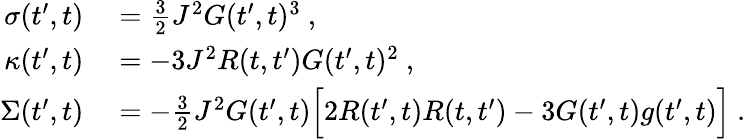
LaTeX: \begin{array}{rl}{\sigma(t^{\prime},t)}&{{}=\frac{3}{2}J^{2}G(t^{\prime},t)^{3}~,}\\ {\kappa(t^{\prime},t)}&{{}=-3J^{2}R(t,t^{\prime})G(t^{\prime},t)^{2}~,}\\ {\Sigma(t^{\prime},t)}&{{}=-\frac{3}{2}J^{2}G(t^{\prime},t)\Big[2R(t^{\prime},t)R(t,t^{\prime})-3G(t^{\prime},t)g(t^{\prime},t)\Big]~.}\end{array}